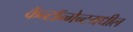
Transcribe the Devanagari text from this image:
कॅन्टॉन्मेन्टमधील